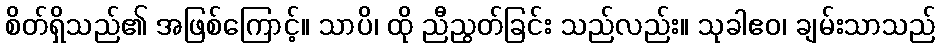
စိတ်ရှိသည်၏ အဖြစ်ကြောင့်။ သာပိ၊ ထို ညီညွတ်ခြင်း သည်လည်း။ သုခါဧဝ၊ ချမ်းသာသည်